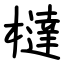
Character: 橽